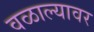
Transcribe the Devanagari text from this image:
वळाल्यावर